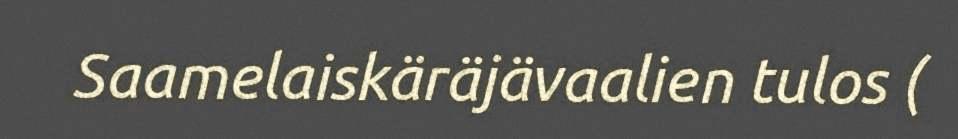
Saamelaiskäräjävaalien tulos (